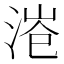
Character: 𱧅